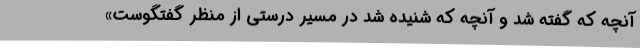
آنچه که گفته شد و آنچه که شنیده شد در مسیر درستی از منظر گفتگوست»